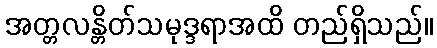
အတ္တလန္တိတ်သမုဒ္ဒရာအထိ တည်ရှိသည်။